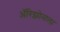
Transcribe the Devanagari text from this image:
अॅरिझोनाला